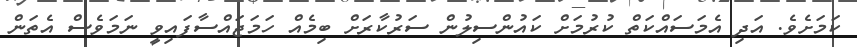
ކަމަށެވެ. އަދި އެމަސައްކަތް ކުރުމަށް ކައުންސިލުން ސަރުކާރަށް ބިމެއް ހަމަޖައްސާފައިވީ ނަމަވެސް އެތަން